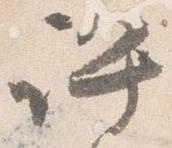
許